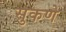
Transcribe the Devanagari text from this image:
सुकणे